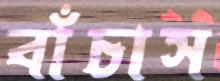
বাঁচাস